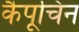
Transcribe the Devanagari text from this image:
कैपूचिन